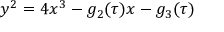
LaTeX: y ^ { 2 } = 4 x ^ { 3 } - g _ { 2 } ( \tau ) x - g _ { 3 } ( \tau )